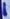
Text: 1